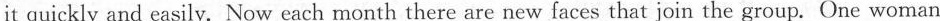
it quickly and easily. Now each month there are new faces that join the group. One woman